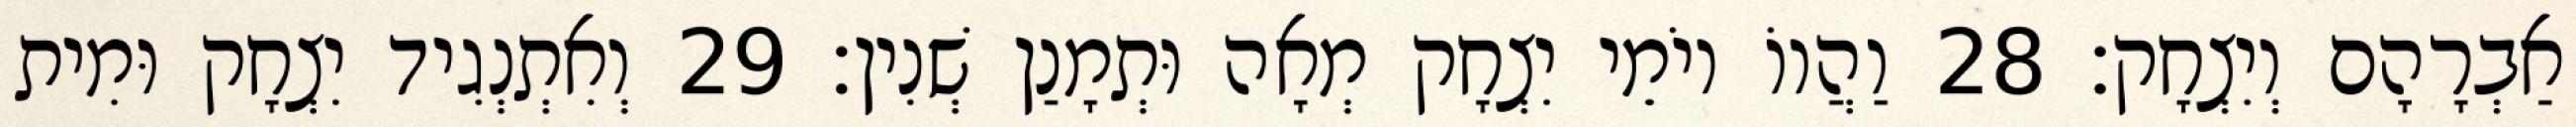
אַבְרָהָם וְיִצְחָק׃ 28 וַהֲווֹ יוֹמֵי יִצְחָק מְאָה וּתְמָנַן שְׁנִין׃ 29 וְאִתְנְגִיד יִצְחָק וּמִית